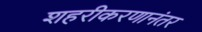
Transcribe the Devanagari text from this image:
शहरीकरणानंतर